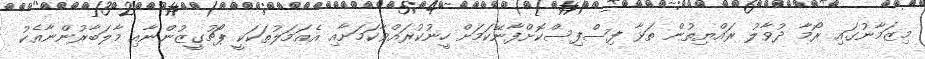
މިޒަމާނުގައި ރޯމާ ދުވާލު ރައްޔިތުން ތަޅާ ފިސްފިސްކޮށްފާނޭކަމަށް ހީނުކުރައްވާކަމަށާއި އެއަމަލުތަކަކީ ޕޯޗުގީޒުންނާއި މާލަބާރުންނާއެކު